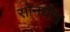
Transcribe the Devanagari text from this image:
सोनधीम